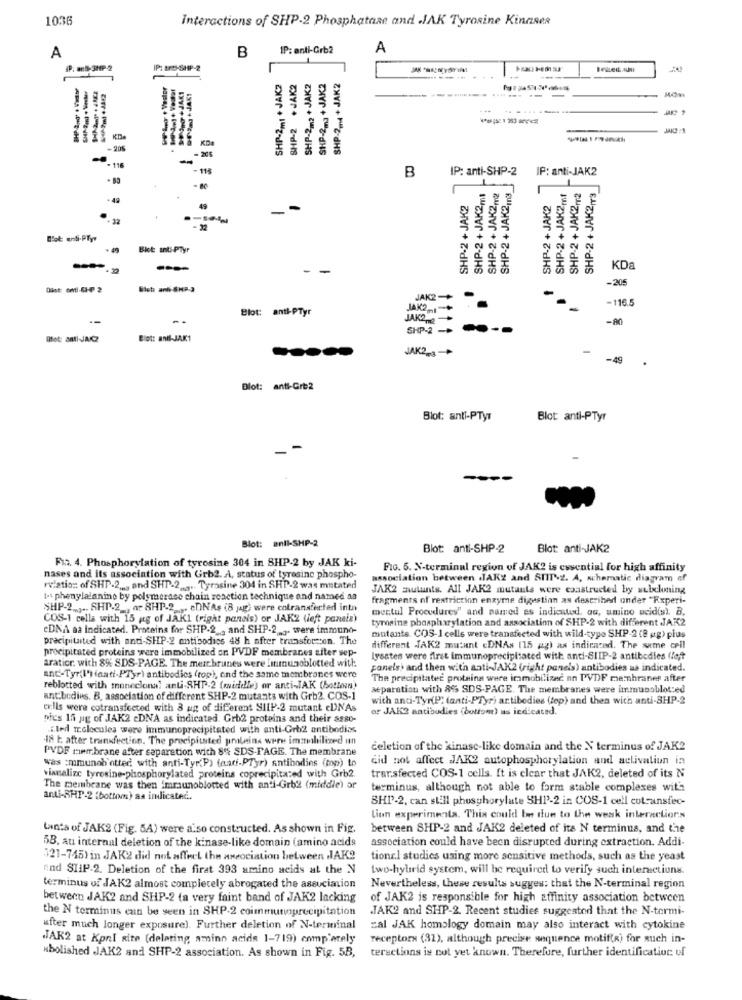
1036
Interactions of SHP-2 Phosphatase and .JAK Tyrosine Kinnses
IP: anti-Grb2
A
A
B
4P. arB- 5HP-2
IP: tro-SHP-2
SHP-2m4 + JAK2
Briller Auml
=
SHP-2m1 + JAK2
SHP-2 +JAK2
SHP-2m2 + JAK2
SHP-2m3 + JAK2
-------
JAKI
JAKT
KD
KDE
205
116
- 115
B
IP: anti-SHP-2
IP: anti-JAK2
SHP-2 + JAK2ml
SHP-2 + JAK2In3
SHP-2 + JAK2,2
SHP-2 + JAK2ml
SHP-2+ JAK2PT2
SHP-2 + JAK2/T3
SHP-2 + JAK2
SHP-2 + JAK2
49
- 32
Blot anti-Plyr
- -
KDa
-205
Dist oml-CH-7 2
Slet and SHP.J
JAK2 -+
-
-116.5
Blot: anti-PTyr
JAK2 --. 1
JAKO
-80
SHP-2 -*
Blott anil-JAK1
JAK2-3-
-
-49 .
Blot: anti-Grb2
Blot: anti-PTyr
Blot anti-PTyr
-
Blot: anll-SHP-2
Blot: anti-SHP-2
Blot: anti-JAK2
Fit. 4. Phosphorylation of tyrosine 304 in SHP-2 by JAK ki-
FIG. 5. N-terminal region of JAK2 is essential for high affinity
nases and its association with Grb2. A, status of tyresine phospho-
association between .JAKZ and SHIP-2. A, schematic diagram of
relation of SHP-2 ,., and SHT-2 ..... Tyrosine 304 in SHP-2 was mutated
JAK2 mutunts. All JAK2 mutants were constructed by webcloning
1- phenylalanine by polymerase chain reaction technique and named as
fragments of restriction enzyme digestinn as described under "Experi-
SHP-2 .... SHP-2 _, ar 8HP-2 . cnNAs (8 jag) were cotransferted into
mectul Procedures" and named es indicated, au, umino ucid(s), B,
COS-1 cells with 15 gg of JAK1 (right paneis) or JAK2 (left paneis)
tyrosine phosphorylation and association of SHP-2 with different JAK2
cDNA aa Indicated. Proteins for SHP-2 _, and SHP-2 _,. were immuno-
precipitated with anti-SHP-2 antibodies 48 h after transforcon. The
mutants. COS-1 cells were transfected with wild-type SHP-2 (8 ug) plus
precipitated proteins were immobilized on PVDF membranes siter sep-
different JAK2 mutant eDNAs (15 ag) as indicated. The same cell
lysates were first immunoprecipitated with anti-SIIP-2 antibodies (lot
aratior. with 8% SDS-PAGE. The mere brunes were Linumunoblotted with:
panels. and then with anti-JAK2 (right panels) antibodies as indicated.
and-Tyr(l')(anti-PTyr) antibodies (top), and the same membranes were
The precipitatec proteins were immobilized nn PVDF memhraner after
reblotted with moneclona! anti-SHP-2 (middle) or anti-JAK (bottown)
separation with 86% SDS-PAGE. The membranes were immunoblot:ed
ant.budies. B. association of different SHP-2 mutants with Grb2. COS-1
with anti-Tyr(P" (anti-PTyr) artibodies (tep) and then with anti-8HP-2
exIls were cotransfected with 8 ug of different SIIP-2 mutant cUNAs
or JAK2 natibudies (bottom) as indicated.
pics 15 ug of JAK2 cDNA as indicated. Grb2 proteins and their &980-
ited molecules were immunoprecipitated with anti-Grb2 antibodies
I8 t. after transfection. The precipitated proteins were immobilized un
PVDF membrane after separation with 8% SDS-PAGE. The membrane
celetion of the kinase-like domain and the N terminus of JAK2
was :mmunoh'ntted with anti-Tyr( P) (aati.PTyr) antibodies (top) to
did not affect JAK2 autophosphorylation and aclivaliun in
trar.sfected COS-1 cells. It is elcar that JAK2, deleted of its N
vianalizc tyrosine-phosphorylated proteins coprecipitated with Grb2.
The membrane was then imraunoblotted with anti-Grb2 (middle) or
terminus, although not able to form stable complexes with
anti-RHP-2 (bottom) aa indicatec ..
SHI'-2, can still phosphorylate "HP-2 in COS-1 cell cotranstec-
Lion experimenta. This could be due to the weak interactions
tanta of JAK2 (Fig. 5A) were also constructed. As shown in Fig.
between SHP-2 and JAK2 deleted of its N terminus, and the
association could have been disrupted during extraction. Addi-
58, au internal deletion of the kinase-like domain (amino acids
521-745) in JAK2 did not affect the association between JAK9
tions.l studies using more sensitive methods, such as the yeast
und STIP-2. Deletion of the firat 393 amino acids at the N
two-hybrid system, will be required to verify such internetiuns.
terminus uf JAK2 almost completely abrogated the assuciation
Nevertheless, these results sugges: that the N-terminal region
between JAK2 and SHP-2 (a very faint band of JAK2 lacking
of JAK2 is responsible for high affinity association between
the N terminus can be seen in SHP-2 coimmutioprecipitation
JAK2 and SHP-2. Recent studies suggested that the N-termi-
after much longer exposure). Further deletion of N-terminal
zal JAK homology domain may also interact with cytokine
JAK2 at Kprl site (deleting, amino acids 1-719) completely
receptors (32), although precise sequence motif(R) for auch in-
teractions is not yet known. Therefore, further identification uf
Abolished JAK2 and SHP-2 association. As shown in Fig. 5B,